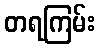
တရကြမ်း